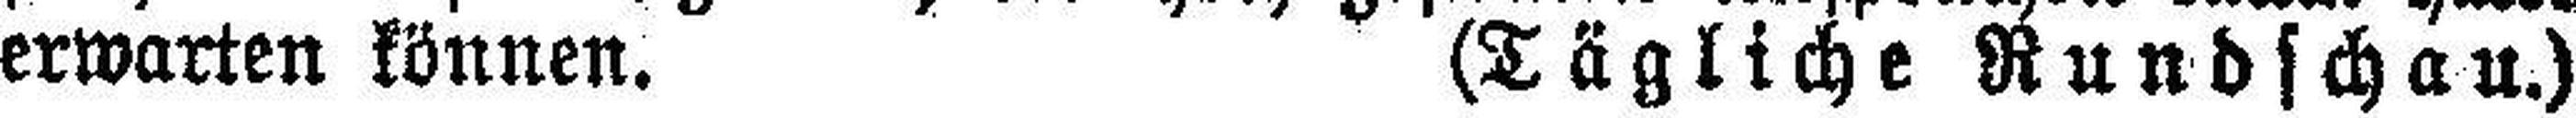
erwarten können. (Tägliche Rundschau.)